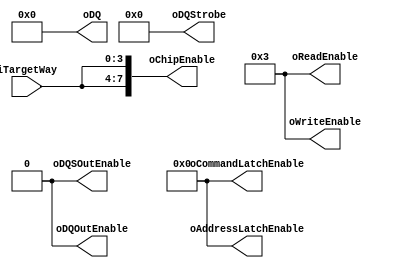
// This program was cloned from: https://github.com/cjhonlyone/NandFlashController
// License: GNU General Public License v3.0

`timescale 1ns / 1ps

module NFC_Atom_Command_Idle
#
(
    parameter NumberOfWays    =   4
)
(
    iTargetWay              ,

    oDQSOutEnable           ,
    oDQOutEnable            ,
    oDQStrobe               ,
    oDQ                     ,
    oChipEnable             ,
    oReadEnable             ,
    oWriteEnable            ,
    oAddressLatchEnable     ,
    oCommandLatchEnable  
);
    input   [NumberOfWays - 1:0]    iTargetWay              ;

    output                          oDQSOutEnable           ;
    output                          oDQOutEnable            ;

    output  [7:0]                   oDQStrobe               ;
    output  [31:0]                  oDQ                     ;
    output  [2*NumberOfWays - 1:0]  oChipEnable             ;
    output  [3:0]                   oReadEnable             ;
    output  [3:0]                   oWriteEnable            ;
    output  [3:0]                   oAddressLatchEnable     ;
    output  [3:0]                   oCommandLatchEnable     ;

    localparam Write_Valid = 4'b0010;
    localparam Write_Idle  = 4'b0011;

    localparam Out_Enable  = 0;
    localparam Out_Disable = 1;

    assign oDQSOutEnable       = Out_Enable ;
    assign oDQOutEnable        = Out_Enable ;   
    
    assign oDQStrobe           = 8'h0       ;   
    assign oDQ                 = 32'h0000   ;   
    assign oChipEnable         = { iTargetWay,iTargetWay };   
    assign oReadEnable         = 4'b0011    ;   
    assign oWriteEnable        = Write_Idle ;   
    assign oAddressLatchEnable = 4'h0       ;   
    assign oCommandLatchEnable = 4'h0       ; 

endmodule